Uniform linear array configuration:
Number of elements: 24
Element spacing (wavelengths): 0.75
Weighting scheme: uniform
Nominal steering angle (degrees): -30
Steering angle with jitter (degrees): -29.008
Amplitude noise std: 0.05
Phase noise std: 0.05

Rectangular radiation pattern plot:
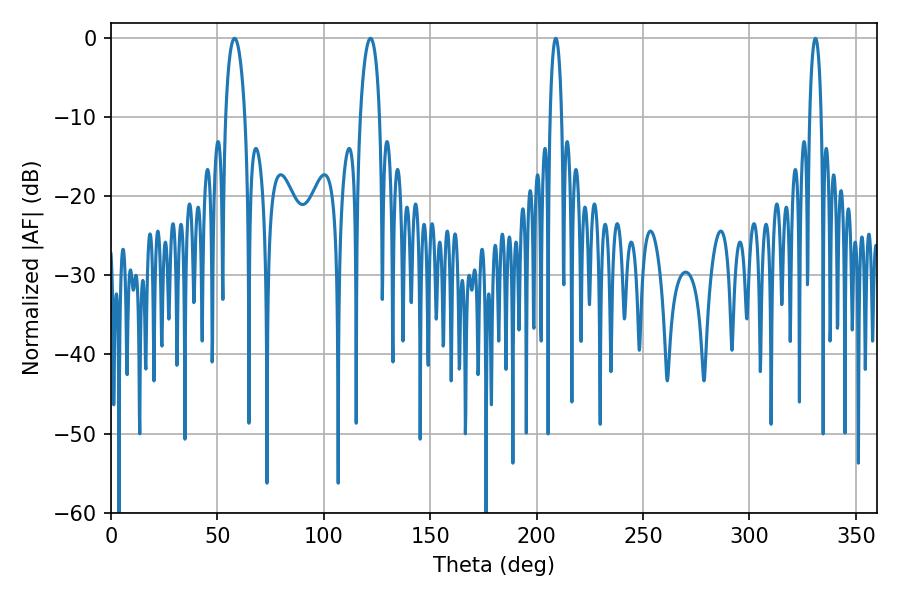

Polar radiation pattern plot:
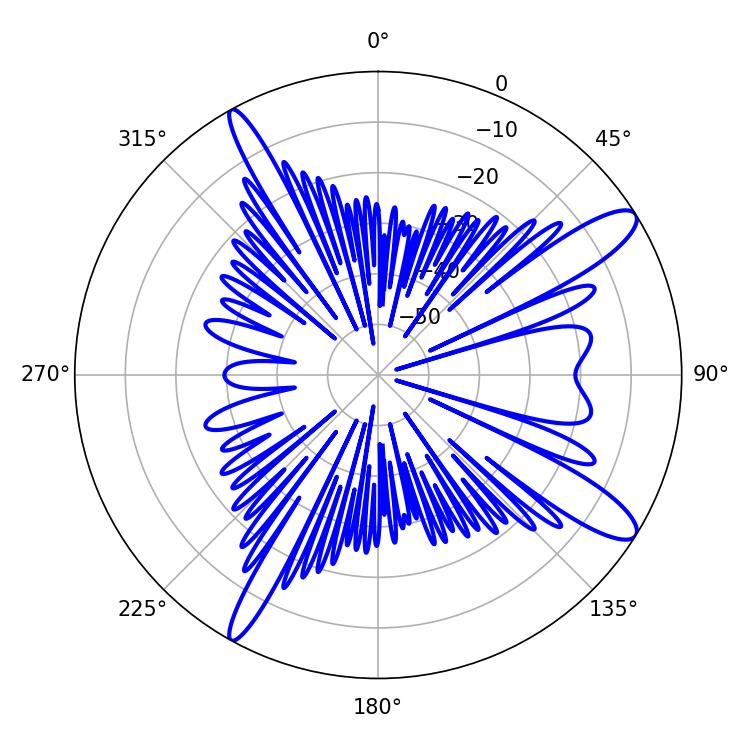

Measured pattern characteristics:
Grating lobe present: TRUE
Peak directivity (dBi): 12.321
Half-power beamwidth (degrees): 3.06
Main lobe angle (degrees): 208.98